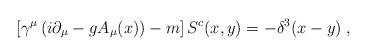
LaTeX: \begin{align*}\left[\gamma^{\mu}\left(i\partial_{\mu}-gA_{\mu}(x)\right)-m\right]S^{c}(x,y)=-\delta^{3}(x-y)\;,\;\end{align*}